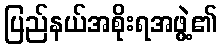
ပြည်နယ်အစိုးရအဖွဲ့၏